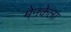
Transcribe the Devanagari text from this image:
मेनकेला